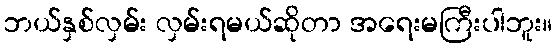
ဘယ်နှစ်လှမ်း လှမ်းရမယ်ဆိုတာ အရေးမကြီးပါဘူး။